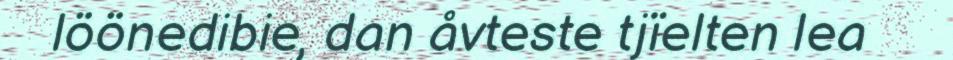
löönedibie, dan åvteste tjïelten lea